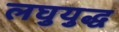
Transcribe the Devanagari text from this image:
लघुयुद्ध